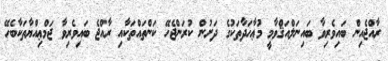
ރާއްޖެއިން ބައިވެރިވާ ބައިނަލްއަޤްވާމީ މުޢާހަދާތަކުގެ ދަށުން ކުރަންޖެހޭ ކަންތައްތަކާއި ރާއްޖެ ބައިވެރިވާ ޖަމްޢިއްޔާތަކާބެހޭ